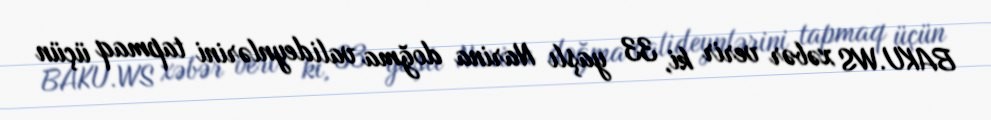
BAKU.WS xəbər verir ki, 33 yaşlı Narina doğma valideynlərini tapmaq üçün